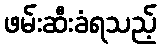
ဖမ်းဆီးခံရသည့်